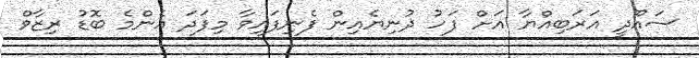
ސައޫދީ އަރަބިއްޔާ އަށް ފަހު ދުނިޔެއިން ފެނިފައިވާ މިފަދަ އެންމެ ބޮޑު ރިޒާވް